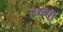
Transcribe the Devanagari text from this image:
उष्ण्